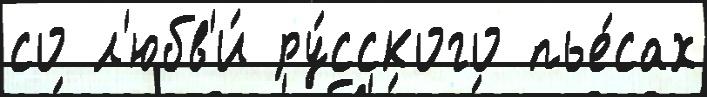
со л'юбв'и́ ру́сского пье́сах